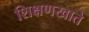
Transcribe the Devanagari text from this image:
शिक्षणखाते